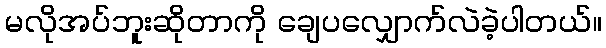
မလိုအပ်ဘူးဆိုတာကို ချေပလျှောက်လဲခဲ့ပါတယ်။